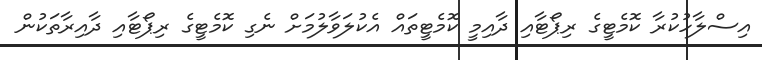
އިސްލާހުކުރާ ކޮމެޓީގެ ރިޕޯޓާއި ދާއިމީ ކޮމެޓީތައް އެކުލަވާލުމަށް ނެގި ކޮމެޓީގެ ރިޕޯޓާއި ދާއިރާތަކުން